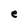
Character: e